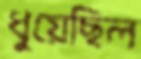
ধুয়েছিল